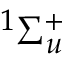
^ { 1 } { \Sigma } _ { u } ^ { + }